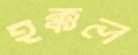
হক্কল